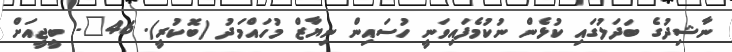
ނާޝިދުގެ ބަދަލުގައި ކުޅެން ނުކުމެފައިވަނީ ހުސައިން ނިޔާޒް މުހައްމަދު (ބޮކުރީ). 46"- ބީޖީއަށް